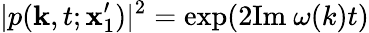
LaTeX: |p(\mathbf{k},t;\mathbf{x}_{1}^{\prime})|^{2}=\mathrm{exp}(2\mathrm{Im}\ \omega(k)t)